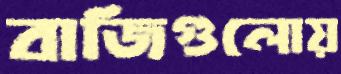
বাজিগুলোয়